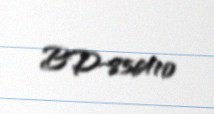
BD-856410